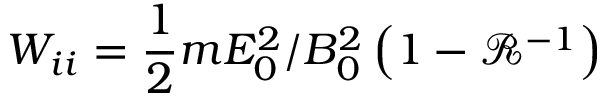
W _ { i i } = \frac { 1 } { 2 } m E _ { 0 } ^ { 2 } / B _ { 0 } ^ { 2 } \left( 1 - \mathcal { R } ^ { - 1 } \right)